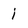
Character: i